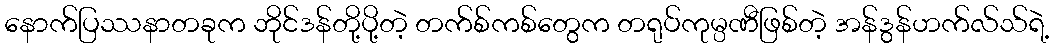
နောက်ပြဿနာတခုက ဘိုင်ဒန်တို့ပို့တဲ့ တက်စ်ကစ်တွေက တရုပ်ကုမ္ပဏီဖြစ်တဲ့ အန်ဒွန်ဟက်လ်သ်ရဲ့